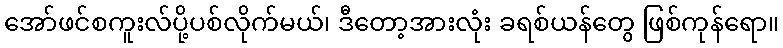
အော်ဖင်စကူးလ်ပို့ပစ်လိုက်မယ်၊ ဒီတော့အားလုံး ခရစ်ယန်တွေ ဖြစ်ကုန်ရော။